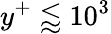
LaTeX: y^{+}\lessapprox 10^{3}